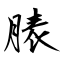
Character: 脿